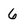
Character: 6